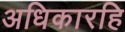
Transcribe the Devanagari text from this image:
अधिकारहि